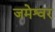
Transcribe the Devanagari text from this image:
जमेश्वर